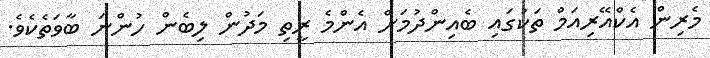
މެރިން އެކްއޭރިއަމް ތަކުގައި ބެއިންދުމަށް އެންމެ ރީތި މަދުން ލިބެން ހުންނަ ބާވަތެކެވެ.